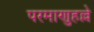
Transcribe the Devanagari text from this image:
परमाणुहल्ले